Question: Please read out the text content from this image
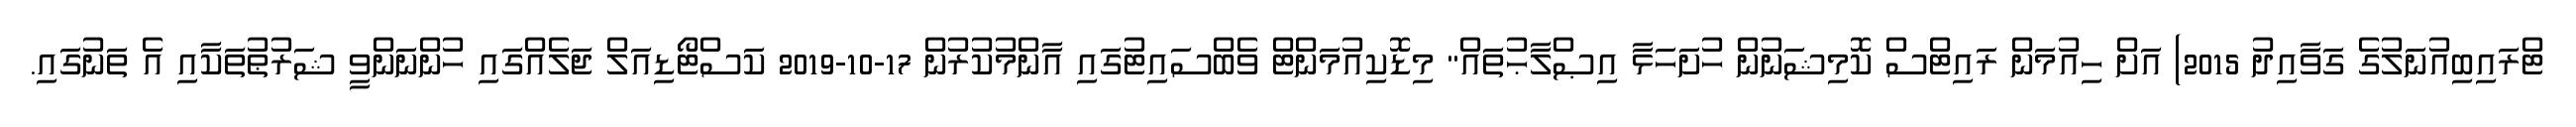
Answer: ޓްރައިބިއުނަލުގެ ގަވާއިދު 2015) އަށް ހިއުމަން ރައިޓްސް ކޮމިޝަނުން ހުށަހަޅާ އިޞްލާޙުތައް" މިޑޮކިއުމަންޓް ވެބްސައިޓުގައި އާންމުކުރުން 17-10-2019 ކަސްޓޯޑިއަލް ޖަލެއްގައި ހުންނަންވީ ޝަރުޠުތަކާއި އެ ތަނުގައި.